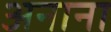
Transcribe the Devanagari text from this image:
अनाना